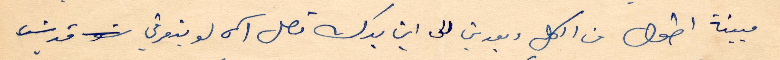
مبينة أطول من الكل وبعدين الى اين بدك تصل آه لو بتعرفي قدش